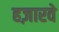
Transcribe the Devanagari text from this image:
हज़ारवे